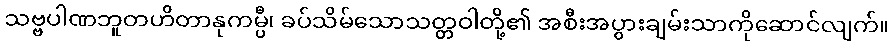
သဗ္ဗပါဏဘူတဟိတာနုကမ္ပီ၊ ခပ်သိမ်သောသတ္တဝါတို့၏ အစီးအပွားချမ်းသာကိုဆောင်လျက်။